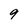
Character: 9